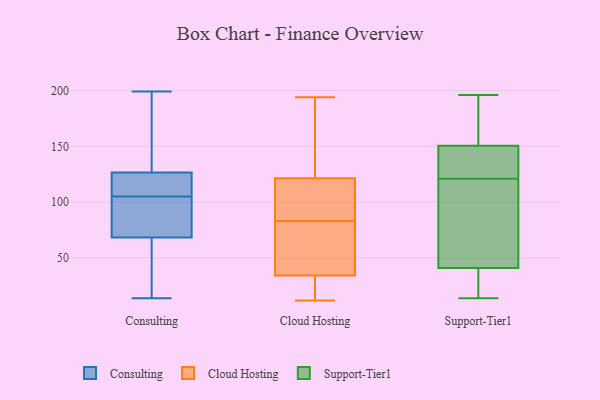
{"axis": {"x": "Conversion Rate (%)", "y": "Value"}, "legend": ["Cloud Hosting", "Consulting", "Support-Tier1"], "data": [{"x": "", "y": 14, "type": "Consulting"}, {"x": "", "y": 16, "type": "Consulting"}, {"x": "", "y": 67, "type": "Consulting"}, {"x": "", "y": 105, "type": "Consulting"}, {"x": "", "y": 74, "type": "Consulting"}, {"x": "", "y": 163, "type": "Consulting"}, {"x": "", "y": 50, "type": "Consulting"}, {"x": "", "y": 199, "type": "Consulting"}, {"x": "", "y": 128, "type": "Consulting"}, {"x": "", "y": 106, "type": "Consulting"}, {"x": "", "y": 110, "type": "Consulting"}, {"x": "", "y": 142, "type": "Consulting"}, {"x": "", "y": 83, "type": "Consulting"}, {"x": "", "y": 91, "type": "Consulting"}, {"x": "", "y": 120, "type": "Consulting"}, {"x": "", "y": 122, "type": "Consulting"}, {"x": "", "y": 72, "type": "Consulting"}, {"x": "", "y": 138, "type": "Consulting"}, {"x": "", "y": 64, "type": "Consulting"}, {"x": "", "y": 111, "type": "Cloud Hosting"}, {"x": "", "y": 12, "type": "Cloud Hosting"}, {"x": "", "y": 83, "type": "Cloud Hosting"}, {"x": "", "y": 88, "type": "Cloud Hosting"}, {"x": "", "y": 93, "type": "Cloud Hosting"}, {"x": "", "y": 36, "type": "Cloud Hosting"}, {"x": "", "y": 194, "type": "Cloud Hosting"}, {"x": "", "y": 22, "type": "Cloud Hosting"}, {"x": "", "y": 153, "type": "Cloud Hosting"}, {"x": "", "y": 43, "type": "Cloud Hosting"}, {"x": "", "y": 48, "type": "Cloud Hosting"}, {"x": "", "y": 186, "type": "Cloud Hosting"}, {"x": "", "y": 29, "type": "Cloud Hosting"}, {"x": "", "y": 36, "type": "Support-Tier1"}, {"x": "", "y": 35, "type": "Support-Tier1"}, {"x": "", "y": 94, "type": "Support-Tier1"}, {"x": "", "y": 34, "type": "Support-Tier1"}, {"x": "", "y": 196, "type": "Support-Tier1"}, {"x": "", "y": 15, "type": "Support-Tier1"}, {"x": "", "y": 160, "type": "Support-Tier1"}, {"x": "", "y": 120, "type": "Support-Tier1"}, {"x": "", "y": 122, "type": "Support-Tier1"}, {"x": "", "y": 14, "type": "Support-Tier1"}, {"x": "", "y": 178, "type": "Support-Tier1"}, {"x": "", "y": 124, "type": "Support-Tier1"}, {"x": "", "y": 46, "type": "Support-Tier1"}, {"x": "", "y": 126, "type": "Support-Tier1"}, {"x": "", "y": 192, "type": "Support-Tier1"}, {"x": "", "y": 54, "type": "Support-Tier1"}, {"x": "", "y": 79, "type": "Support-Tier1"}, {"x": "", "y": 125, "type": "Support-Tier1"}, {"x": "", "y": 141, "type": "Support-Tier1"}, {"x": "", "y": 183, "type": "Support-Tier1"}]}